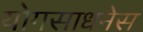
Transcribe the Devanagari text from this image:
योगसाधनेस